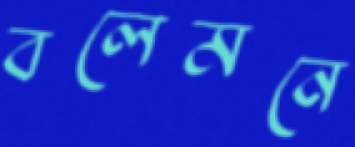
বলেমনে